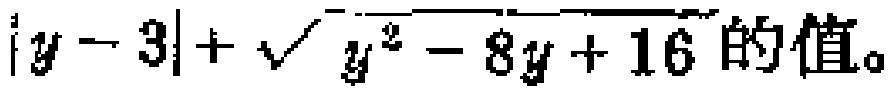
$|y - 3|+\sqrt{y^{2}-8y + 16}$的值。